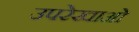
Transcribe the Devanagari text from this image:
उपरेखाओं